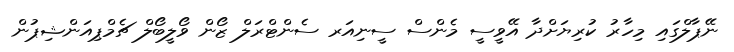
ނޭޕާލްގައި މިހާރު ކުރިޔަށްދާ އޭވީސީ މެންސް ސީނިއަރ ސެންޓްރަލް ޒޯން ވޯލީބޯލް ޗެމްޕިއަންޝިޕުން